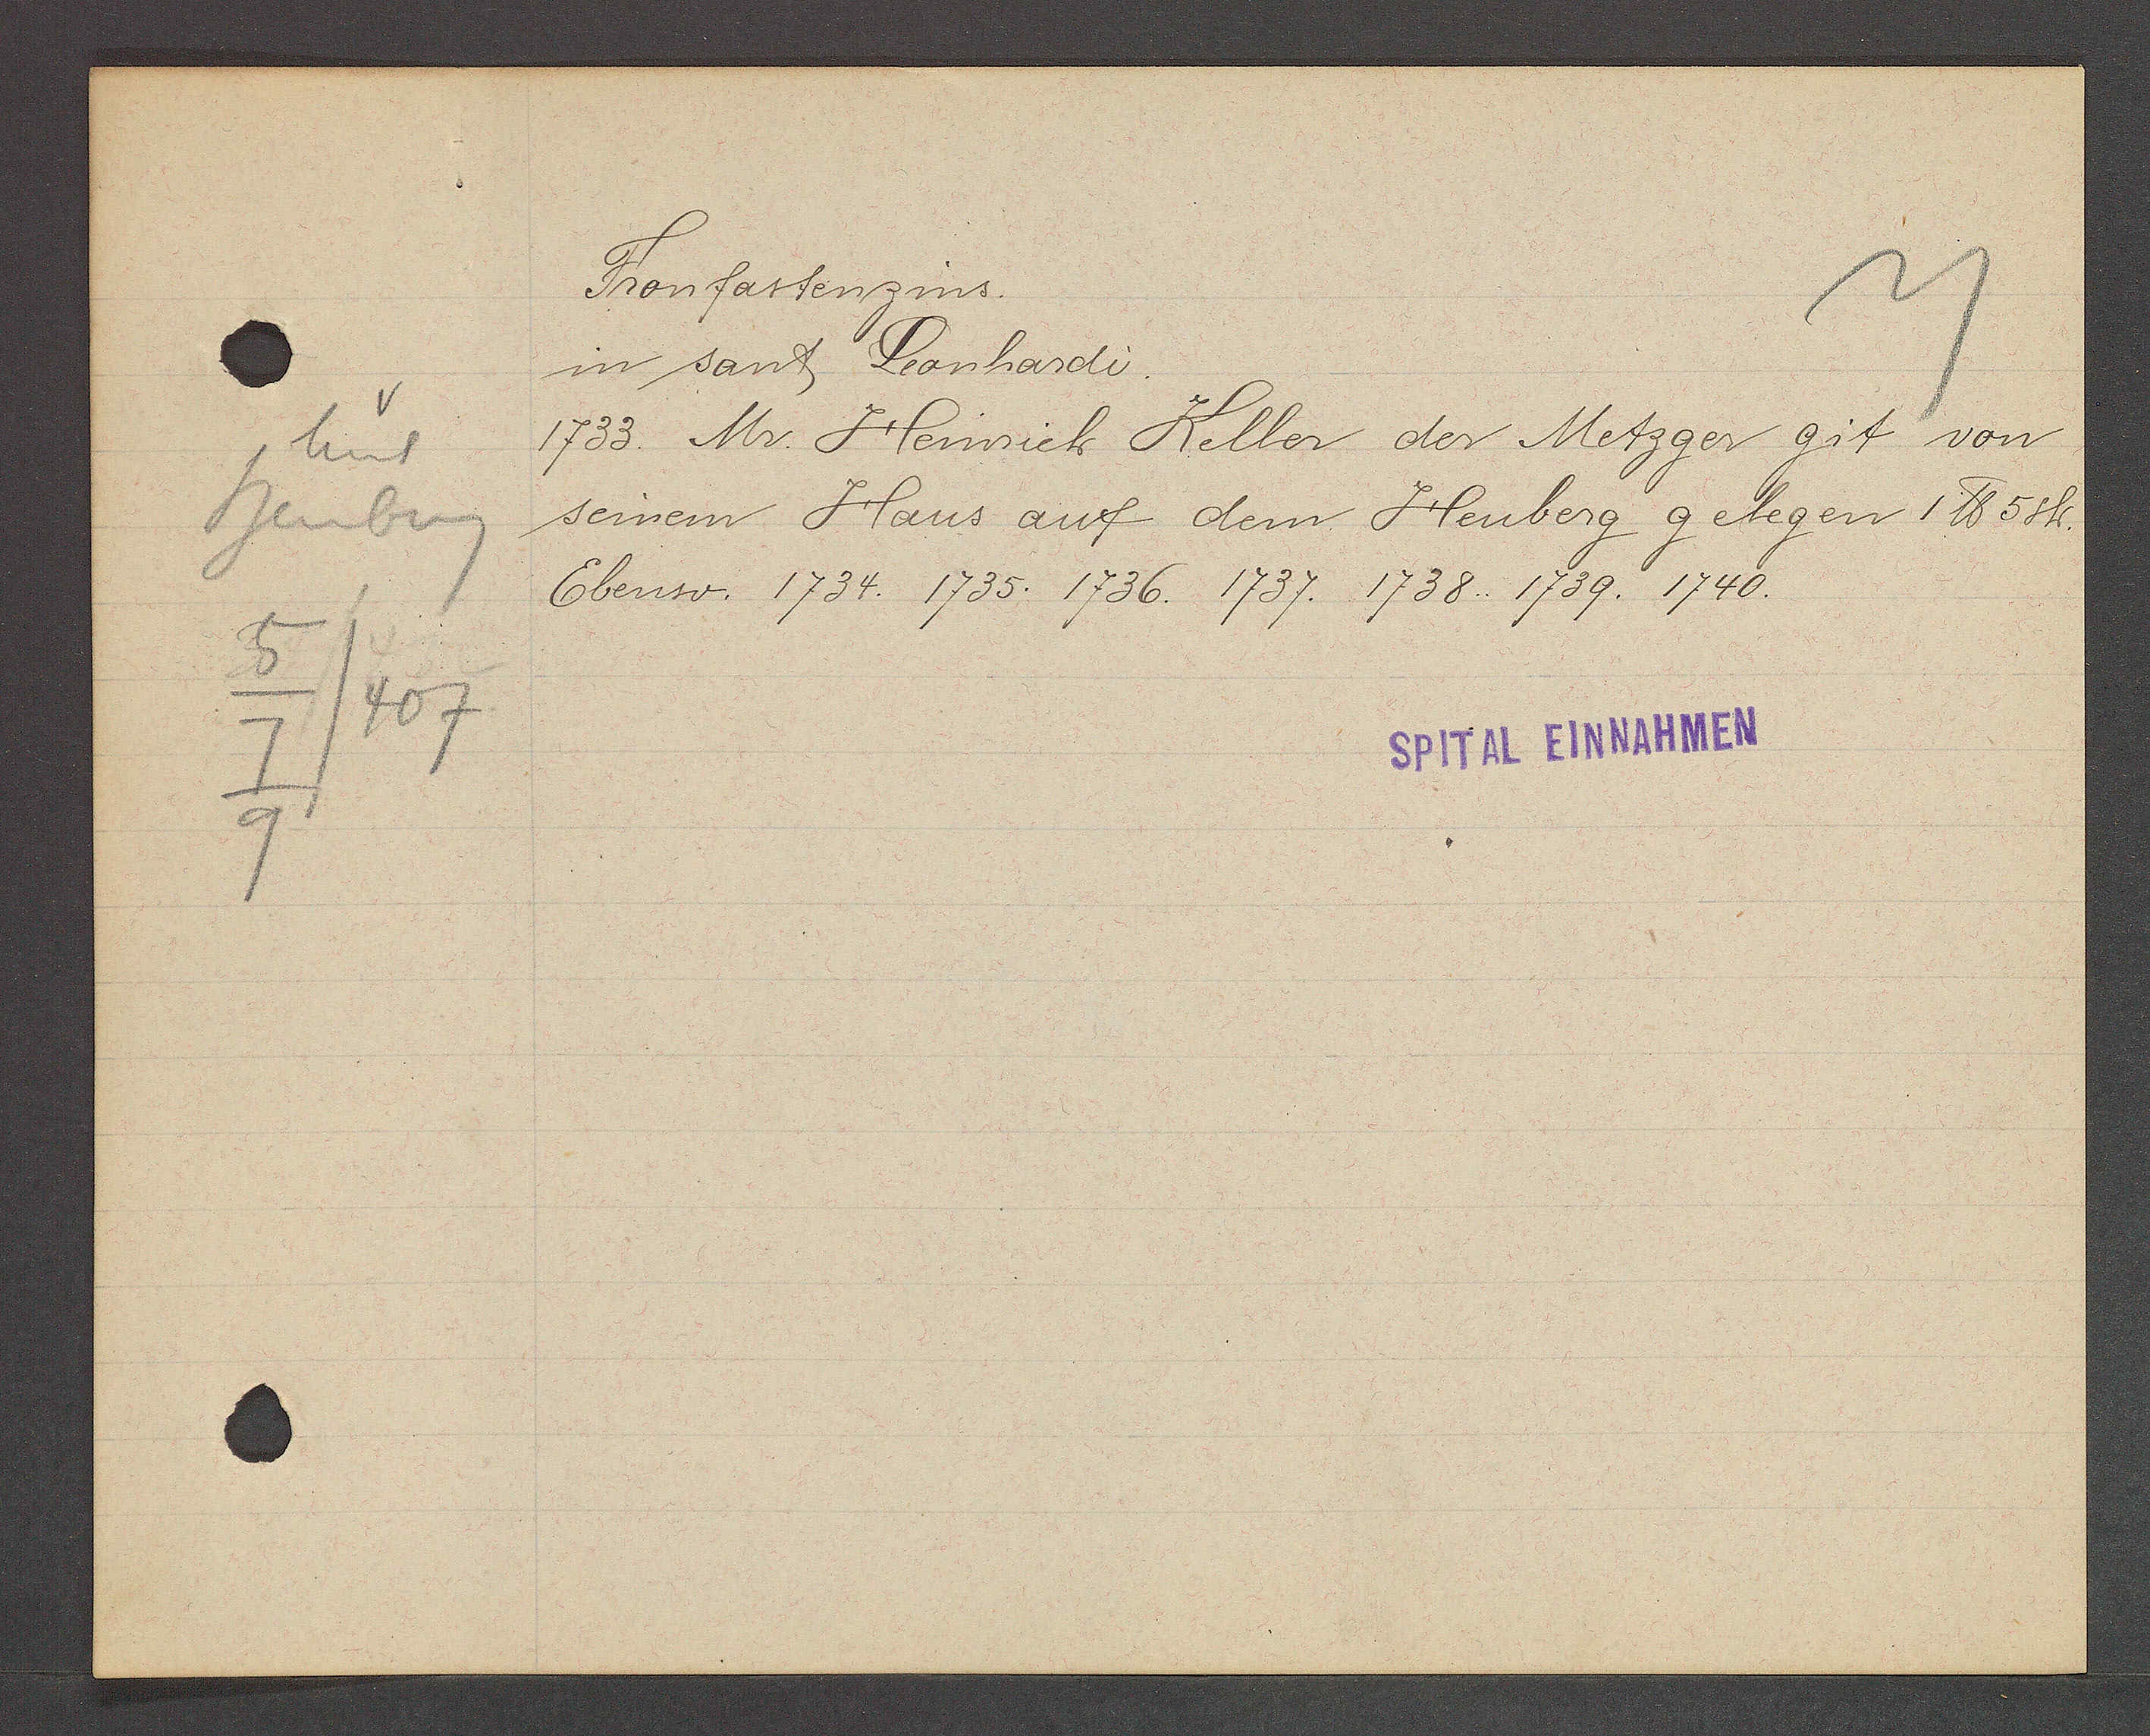
Transcript:
Unt
heuberg
5
/407
7
9

Fronfastenzins.

in sant Leonhardi.
1733. Mr. Heinrich Keller der Metzger git von
seinem Haus auf dem Heuberg gelegen 1 ℔ 5 sh.
Ebenso. 1734. 1735. 1736. 1737. 1738.. 1739. 1740.

SPITAL EINNAHMEN